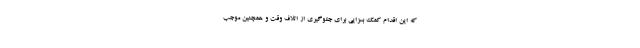
که این اقدام کمک ‌بسزایی برای جلوگیری از اتلاف وقت و همچنین موجب